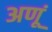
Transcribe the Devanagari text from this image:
अणूं